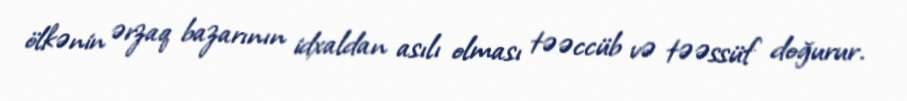
ölkənin ərzaq bazarının idxaldan asılı olması təəccüb və təəssüf doğurur.